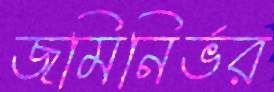
জমিনির্ভর